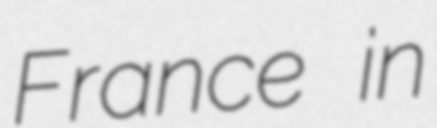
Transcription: France in